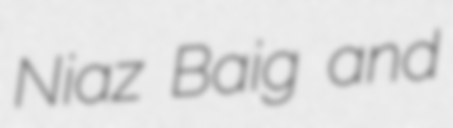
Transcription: Niaz Baig and